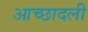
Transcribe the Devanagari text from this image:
आच्छादली